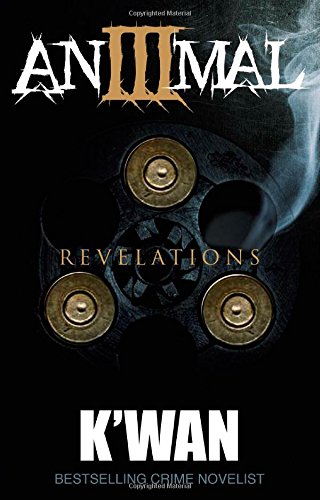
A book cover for Animal 3: Revelations; K'wan; Literature & Fiction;